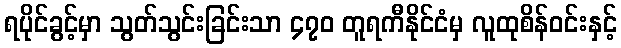
ရပိုင်ခွင့်မှာ သွတ်သွင်းခြင်းသာ ၄၇၀ တူရကီနိုင်ငံမှ လူထုစိန်ဝင်းနှင့်